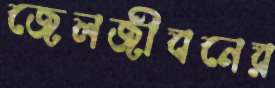
জেলজীবনের